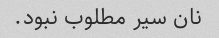
نان سیر مطلوب نبود.